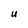
Character: U